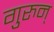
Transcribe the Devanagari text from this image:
गुरुन्